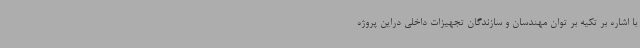
با اشاره بر تکیه بر توان مهندسان و سازندگان تجهیزات داخلی دراین پروژه